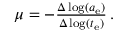
\begin{array} { r } { \mu = - \frac { \Delta \log ( a _ { \mathrm { e } } ) } { \Delta \log ( t _ { \mathrm { e } } ) } \, . } \end{array}